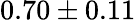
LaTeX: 0.70\pm 0.11